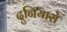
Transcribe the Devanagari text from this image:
दुनियासे